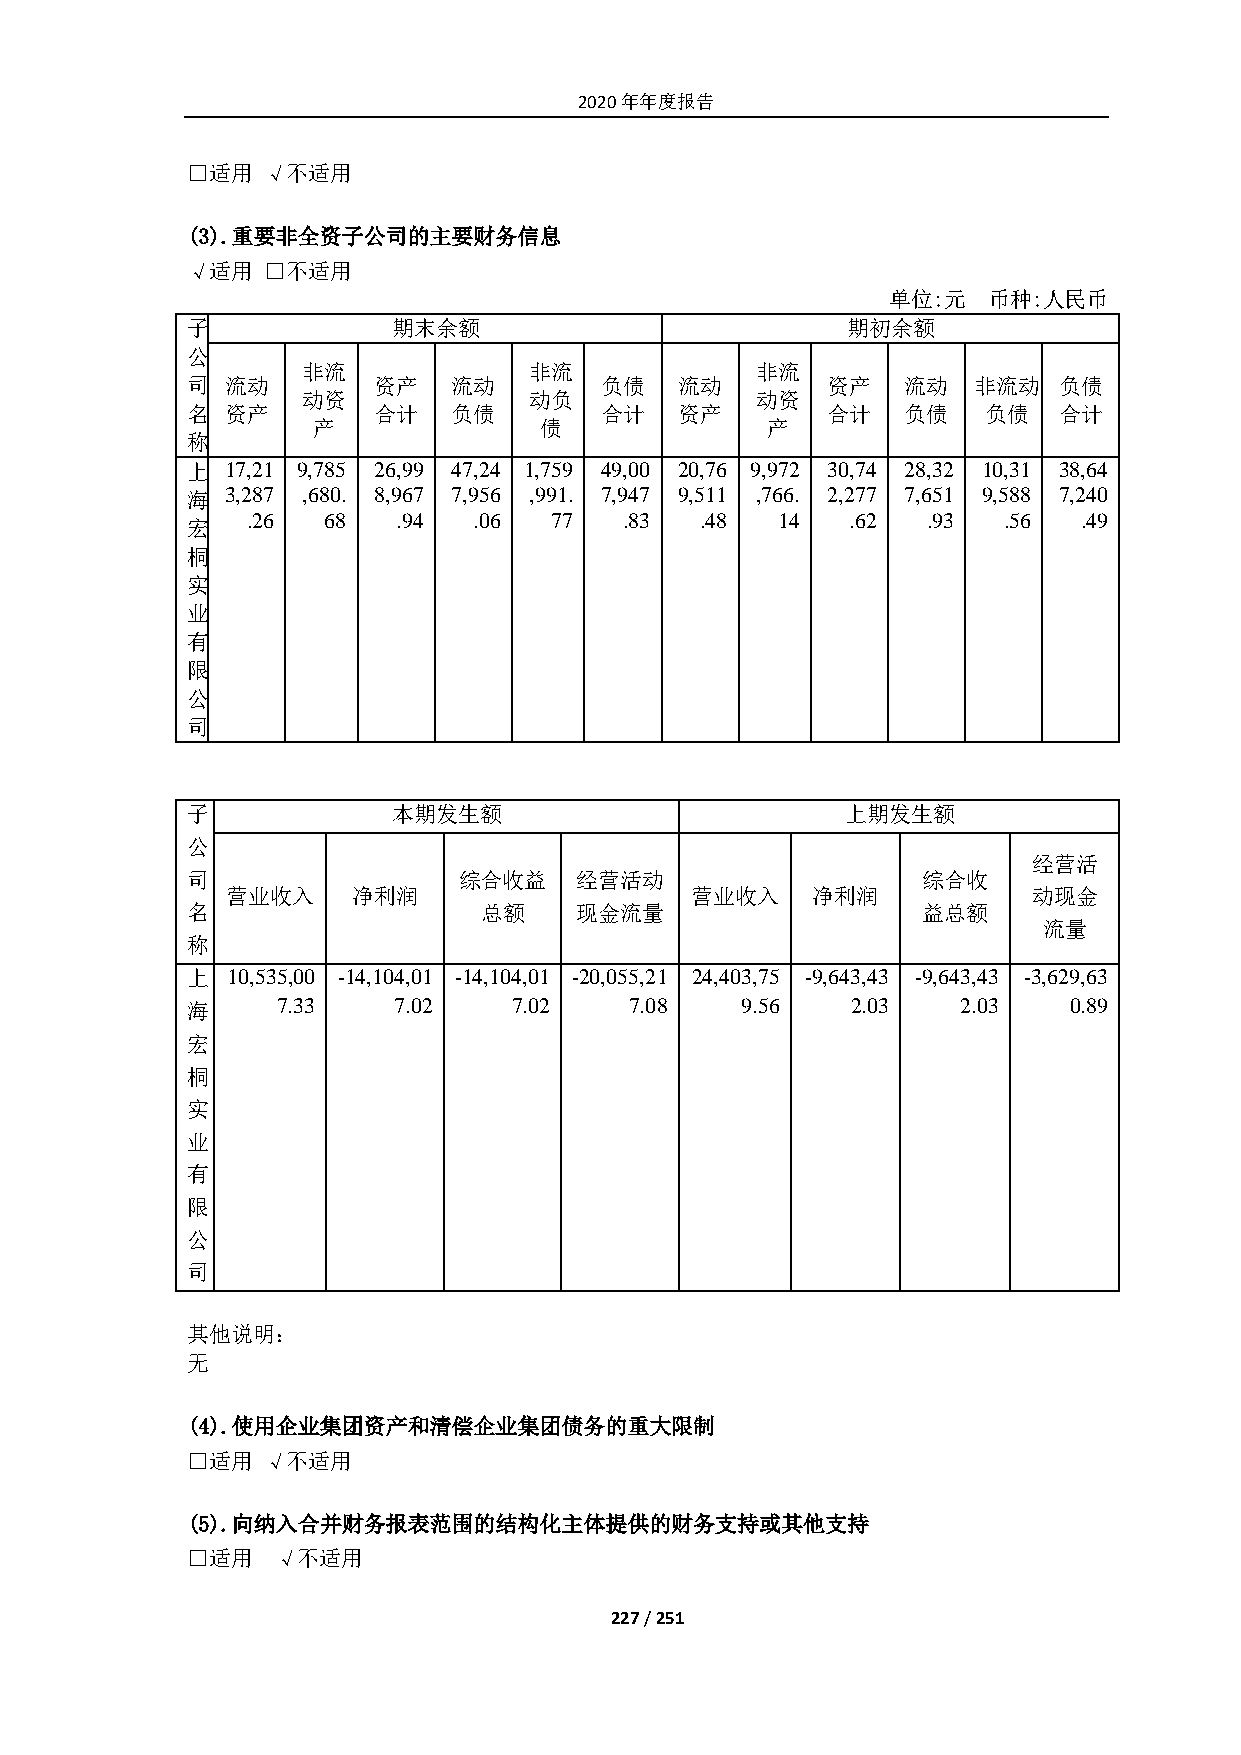
2020年年度报告
 □适用  √不适用
 (3). 重要非全资子公司的主要财务信息
 √适用  □不适用
 单位:元  币种:人民币
 子             期末余额                          期初余额
 公
 非流             非流             非流
 司  流动        资产   流动        负债   流动        资产   流动  非流动   负债
 动资             动负             动资
 名  资产        合计   负债        合计   资产        合计   负债   负债   合计
 产              债              产
 称
 上  17,21 9,785 26,99 47,24 1,759 49,00 20,76 9,972 30,74 28,32 10,31 38,64
 海  3,287 ,680. 8,967 7,956 ,991. 7,947 9,511 ,766. 2,277 7,651 9,588 7,240
 .26  68   .94  .06  77   .83  .48  14   .62  .93  .56   .49
 宏
 桐
 实
 业
 有
 限
 公
 司
 子             本期发生额                         上期发生额
 公
 经营活
 司                 综合收益    经营活动                   综合收
 营业收入    净利润                    营业收入    净利润           动现金
 名                   总额    现金流量                   益总额
 流量
 称
 上  10,535,00 -14,104,01 -14,104,01 -20,055,21 24,403,75 -9,643,43 -9,643,43 -3,629,63
 海     7.33    7.02    7.02    7.08   9.56   2.03    2.03   0.89
 宏
 桐
 实
 业
 有
 限
 公
 司
 其他说明：
 无
 (4). 使用企业集团资产和清偿企业集团债务的重大限制
 □适用  √不适用
 (5). 向纳入合并财务报表范围的结构化主体提供的财务支持或其他支持
 □适用   √不适用
 227 / 251